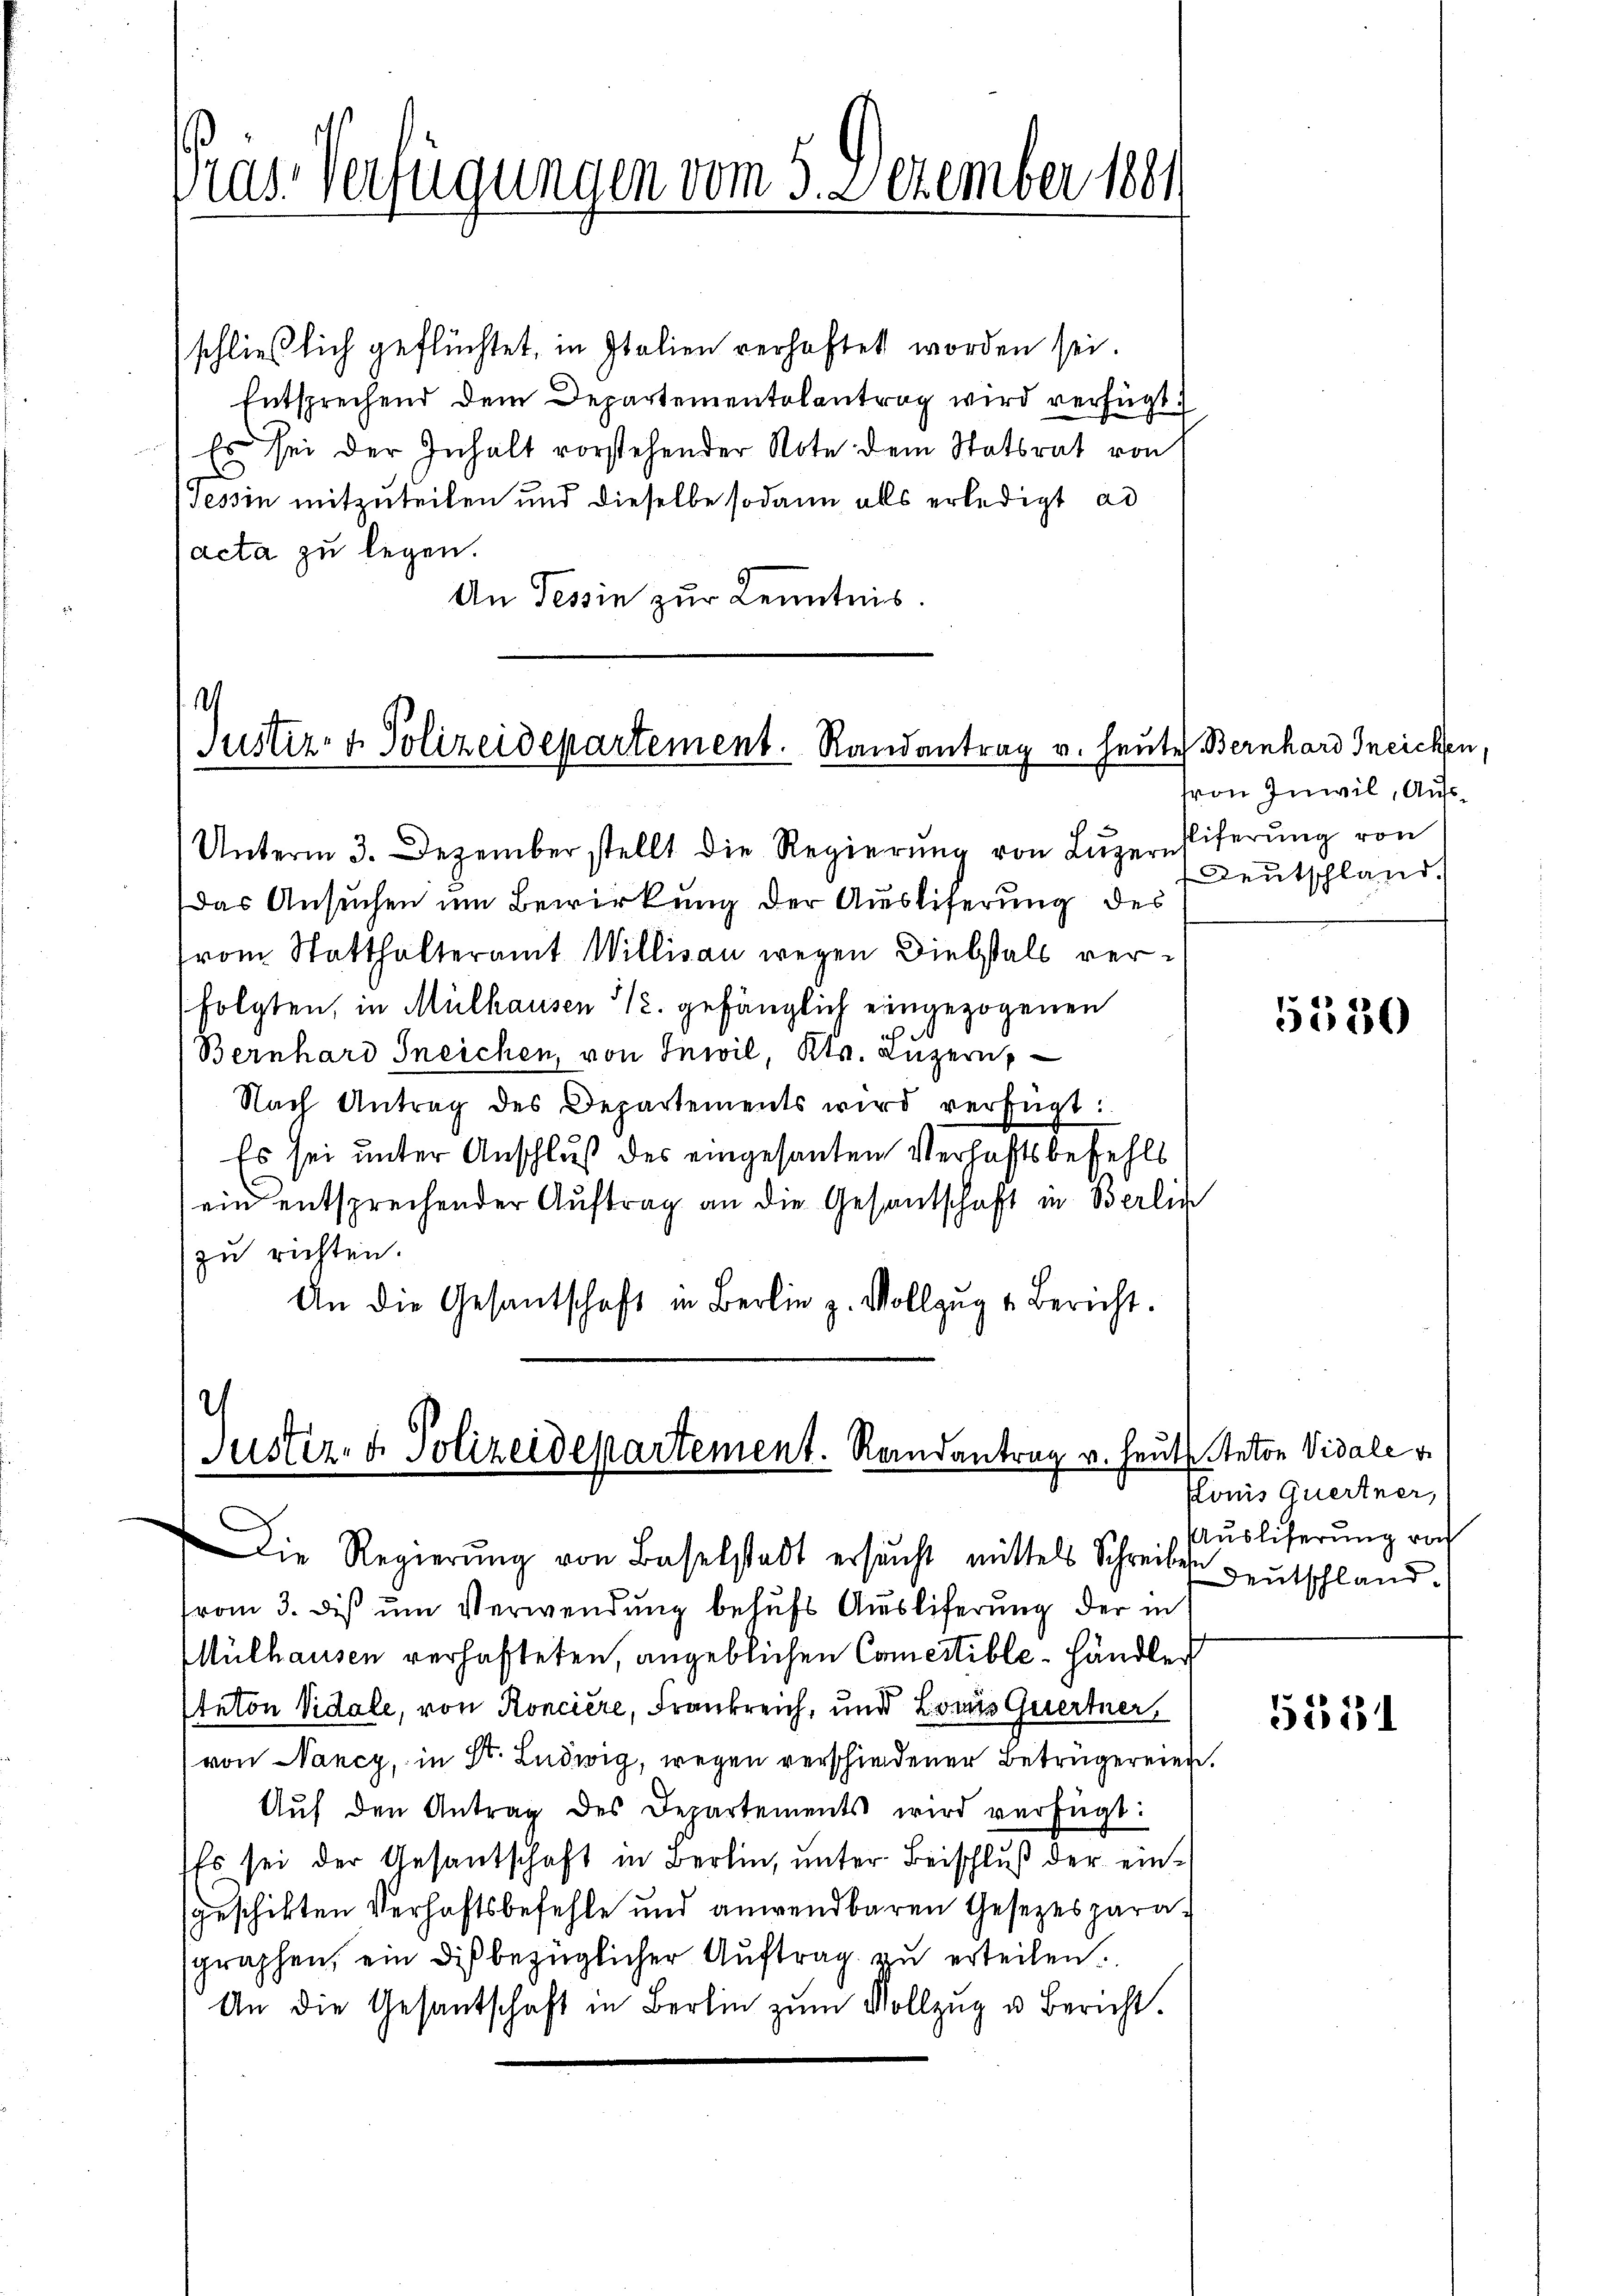
Präs. Verfügungen vom 5. Dezember 1881

schließlich geflüchtet, in Italien verhaftet worden sei.
Entsprechend dem Departementolantrag wird verfügt:
Es sei der Inhalt vorstehender Note dem Statsrat von
Tessin mitzuteilen und dieselbe sodann alls erledigt ad
acta zu legen.
An Tessin zur Kenntnis.

h
Justiz- & Polizeidepartement. Randantrag v. Heute Bernhard Ineichen,

Unterm 3. Dezember stellt die Regierŭng von Lŭzernliferŭng von
Das Ansuchen um Bewirkung der Ausliferung des
from Statthalteramt Willisau wegen Diebstals verfolgten, in Mülhausen 12. gefänglich eingezogenen
Bernhard Ineichen, von Inwil, Kts. Luzern,
Nach Antrag des Departements wird verfügt:
Es sei unter Anschluß des eingesanten Verhaftsbefehls
ein entsprechender Auftrag an die Gesandschaft in Berlin
zu richten.
An die Gesantschaft in Berlin z. Vollzŭg u Bericht.

)
Justiz- & Polizeidepartement. Randantrag v. heute Anton Vidale v

Die Regierŭng von Baselstadt ersŭcht mittels Schreiben
from 3. dis um Verwendung behufs Ausliferung der in
Mülhausen verhafteten, angeblichen Cometible-Händler
teton Vidale, von Roncière, Frankreich, und Lors Quertner,
von Nancy, in St. Ludwig, wegen verschiedener Betrügereien.
Aŭf den Antrag des Departements wird verfügt:
Es sei der Gesantschaft in Berlin, unter Beischluß der eingeschikten Verhaftsbefehle und anwendbaren Gesezesparasgraphen, ein dieβbezüglicher Aŭftrag zŭ erteilen.
An die Gesantschaft in Berli zum Vollzŭg u Bericht.

von Inwil, Aufs¬
Deutschland.

5530

Ponis Quertner,
Ausliferung von
Deutschland.

55181